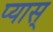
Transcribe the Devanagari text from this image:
प्यास्